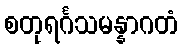
စတုရင်္ဂသမန္နာဂတံ